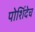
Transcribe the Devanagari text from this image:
पोशिंदेच